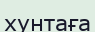
хунтаға